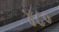
૪૮૦